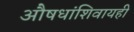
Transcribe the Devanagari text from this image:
औषधांशिवायही